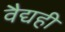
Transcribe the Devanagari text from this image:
वैद्यही